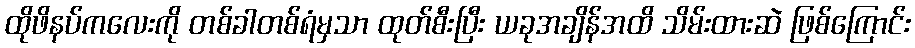
ထိုဖိနပ်ကလေးကို တစ်ခါတစ်ရံမှသာ ထုတ်စီးပြီး ယခုအချိန်အထိ သိမ်းထားဆဲ ဖြစ်ကြောင်း